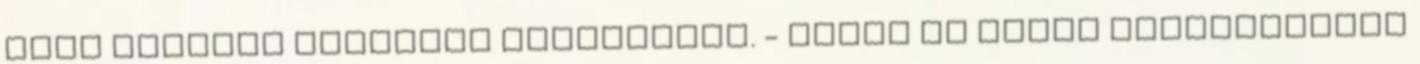
hogy elfogta ifjabbik testvéreit. - Látom az illem egyikőtöknek